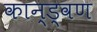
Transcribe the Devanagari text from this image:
कान्ड्वण